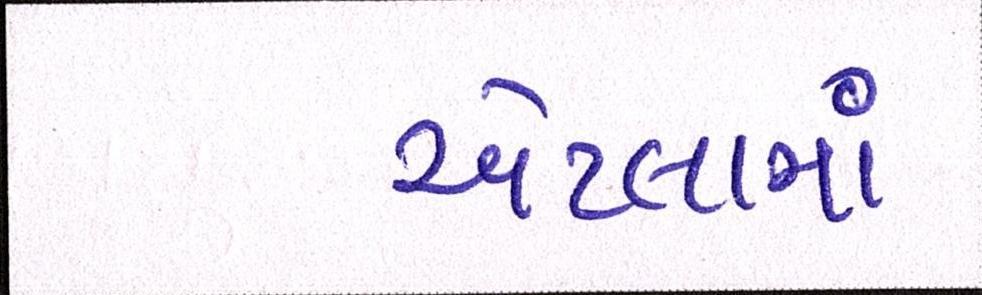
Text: એટલામાં